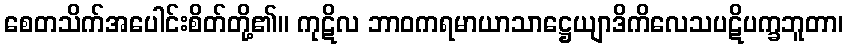
စေတသိက်အပေါင်းစိတ်တို့၏။ ကုဋိလ ဘာဝကရမာယာသာဋ္ဌေယျာဒိကိလေသပဋိပက္ခဘူတာ၊